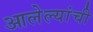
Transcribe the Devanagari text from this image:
आलेल्यांची